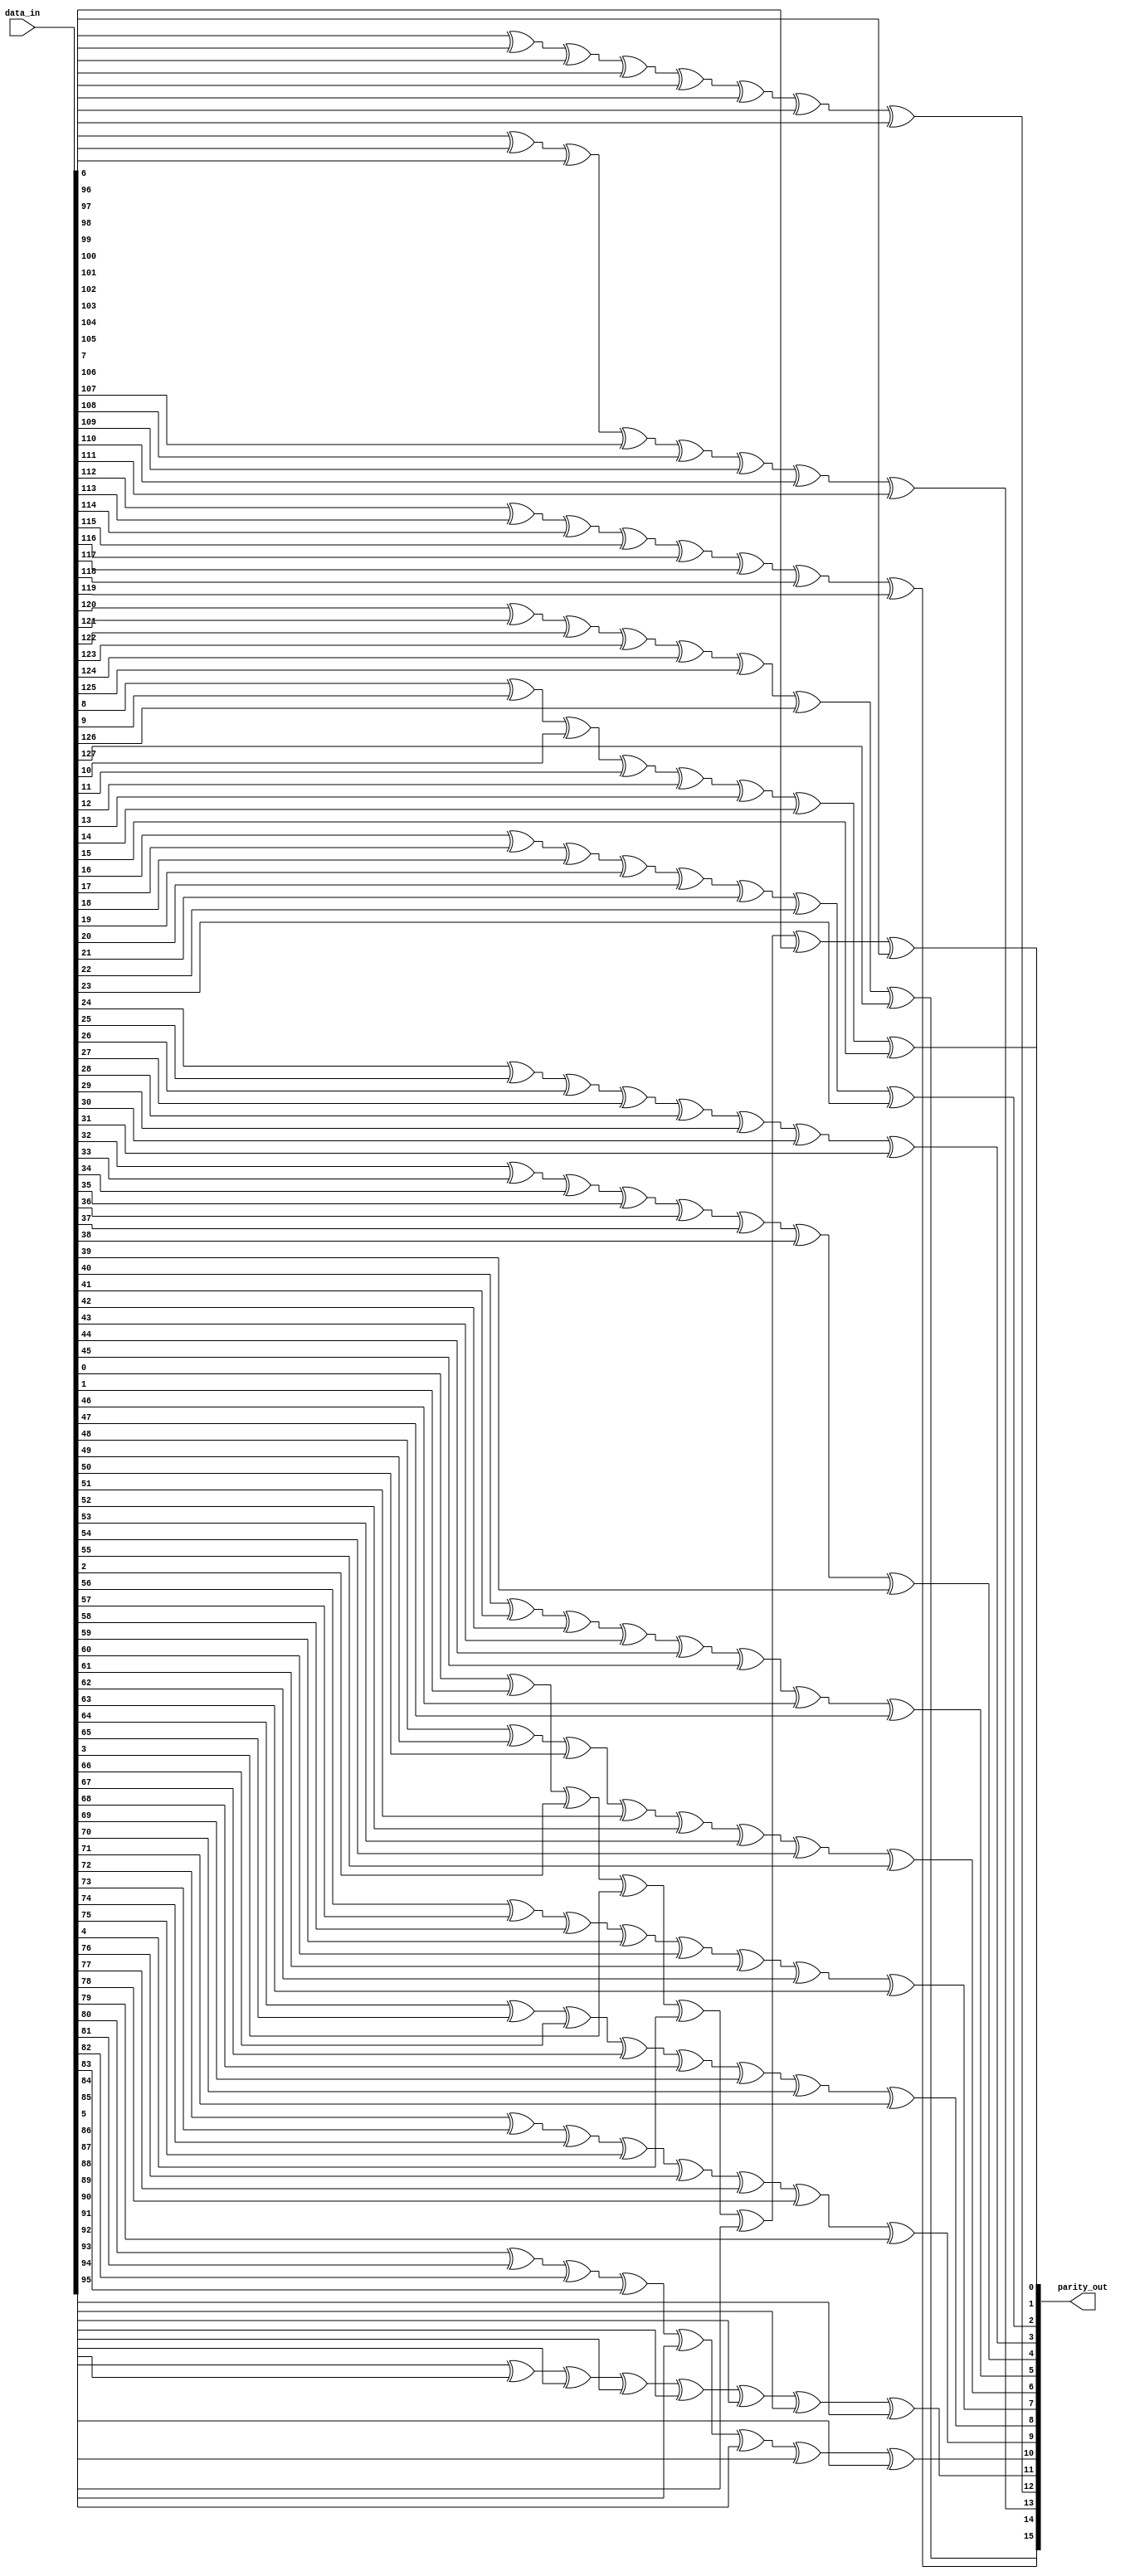
// ========== Copyright Header Begin ==========================================
// 
// OpenSPARC T1 Processor File: lsu_dc_parity_gen.v
// Copyright (c) 2006 Sun Microsystems, Inc.  All Rights Reserved.
// DO NOT ALTER OR REMOVE COPYRIGHT NOTICES.
// 
// The above named program is free software; you can redistribute it and/or
// modify it under the terms of the GNU General Public
// License version 2 as published by the Free Software Foundation.
// 
// The above named program is distributed in the hope that it will be 
// useful, but WITHOUT ANY WARRANTY; without even the implied warranty of
// MERCHANTABILITY or FITNESS FOR A PARTICULAR PURPOSE.  See the GNU
// General Public License for more details.
// 
// You should have received a copy of the GNU General Public
// License along with this work; if not, write to the Free Software
// Foundation, Inc., 51 Franklin St, Fifth Floor, Boston, MA 02110-1301, USA.
// 
// ========== Copyright Header End ============================================
////////////////////////////////////////////////////////////////////////
//
//  Module Name: lsu_dc_parity_gen.v
//  Description: Parity Generator based on odd parity

module lsu_dc_parity_gen (parity_out, data_in);

// Changed the default to match that of dcache width
parameter WIDTH = 8 ;
parameter NUM = 16 ;

input	[WIDTH * NUM - 1 : 0]	data_in ; // data in

output	[NUM - 1 : 0]		parity_out ; // parity output
reg	[NUM - 1 : 0]		parity ; // parity output

integer i ;
integer j ;

always @(data_in)
    for (i = 0; i <= NUM - 1 ; i = i + 1) begin
	    parity[i] = 1'b0 ;
        for (j = WIDTH * i; j <= WIDTH * (i + 1) - 1 ; j = j + 1) begin
            parity[i] = parity[i] ^ data_in[j] ;
        end
    end

assign parity_out[NUM - 1 : 0] = parity[NUM - 1 : 0];

endmodule